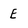
Character: E